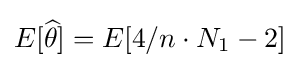
E[{\widehat {\theta }}]=E[4/n\cdot N_{1}-2]